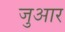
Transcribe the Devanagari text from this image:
जुआर